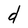
Character: d